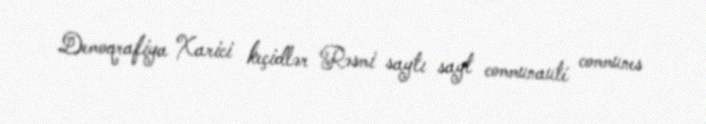
Demoqrafiya Xarici keçidlər Rəsmi saytı sayt communauté communes